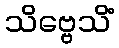
သိဗ္ဗေသိံ